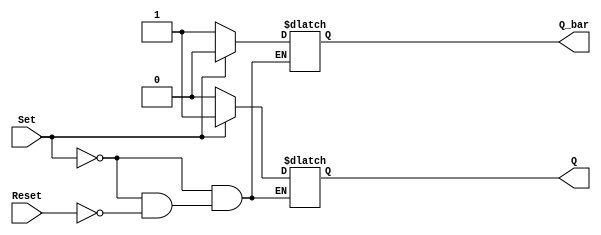
module Asynchronous_SR_FF (
    input Set, Reset,
    output reg Q, Q_bar
);

always @*begin
    if(Set)
        begin
            Q = 1'b1;
            Q_bar = 1'b0;
        end
    else if(Reset)
        begin
            Q = 1'b0;
            Q_bar = 1'b1;
        end
end

endmodule